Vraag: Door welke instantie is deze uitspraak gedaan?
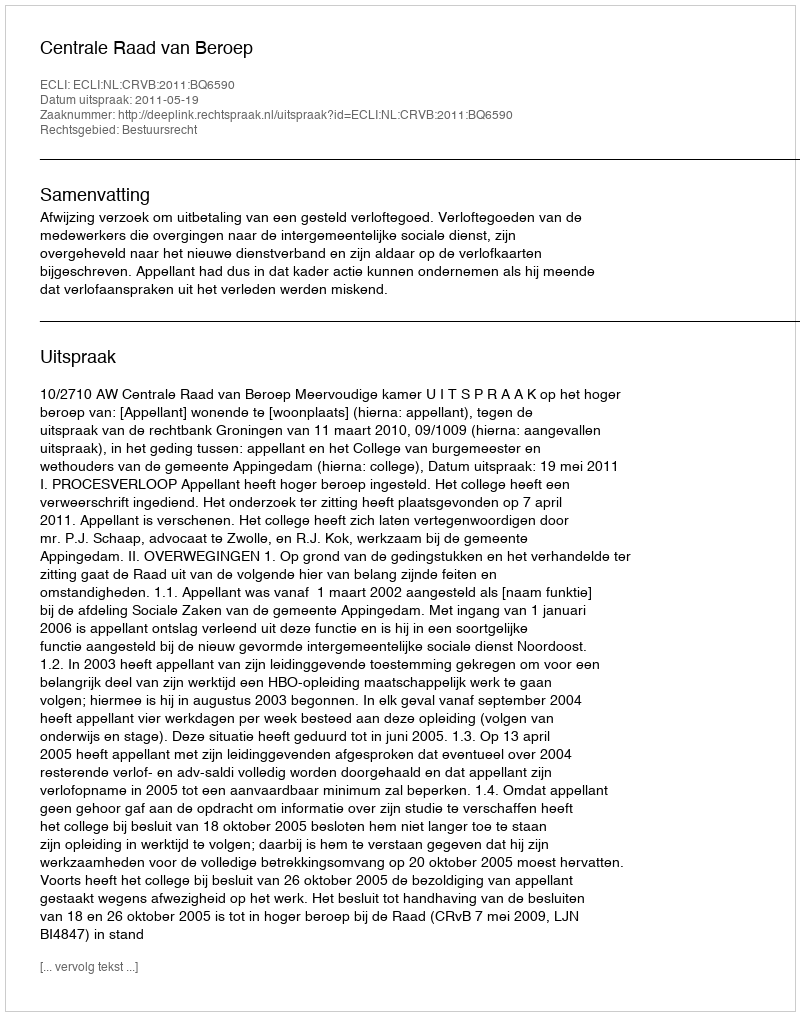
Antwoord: Centrale Raad van Beroep